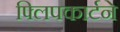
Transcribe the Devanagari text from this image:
फ्लिपकार्टने